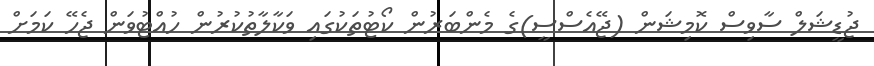
ޖުޑީޝަލް ސާވިސް ކޮމިޝަން (ޖޭއެސްސީ)ގެ މެންބަރުން ކޯޓުތަކުގައި ވަކާލާތުކުރުން ހުއްޓުވަން ޖެހޭ ކަމަށް